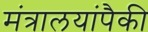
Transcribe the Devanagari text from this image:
मंत्रालयांपैकी